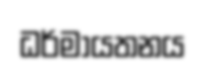
ධර්මායතනය